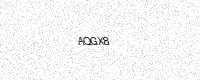
Text: AQGX8